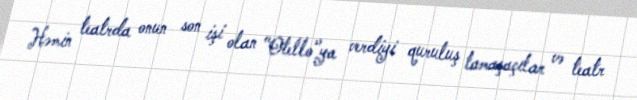
Həmin teatrda onun son işi olan "Otello"ya verdiyi quruluş tamaşaçılar və teatr